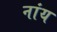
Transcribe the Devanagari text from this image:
नांय